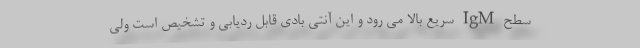
سطح IgM سریع بالا می رود و این آنتی بادی قابل ردیابی و تشخیص است ولی